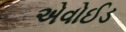
એવોઈડ